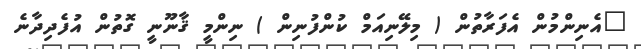
"އެނިންމުން އެފަރާތުން ( މިލޭނިއަމް ކުންފުނިން ) ނިންމީ ޤާނޫނީ ގޮތުން އުފެދިދާނެ